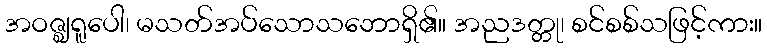
အဝဇ္ဈရူပေါ၊ မသတ်အပ်သောသဘောရှိ၏။ အညဒတ္တု၊ စင်စစ်သဖြင့်ကား။